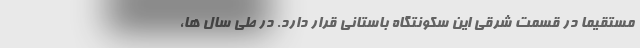
مستقیما در قسمت شرقی این سکونتگاه باستانی قرار دارد. در طی سال ها،